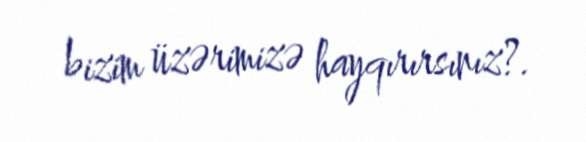
bizim üzərimizə hayqırırsınız?.